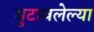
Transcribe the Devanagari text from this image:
सुटावलेल्या